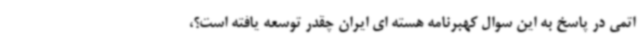
اتمی در پاسخ به این سوال کهبرنامه هسته ای ایران چقدر توسعه یافته است؟،